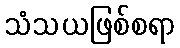
သံသယဖြစ်စရာ